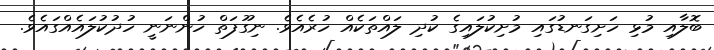
ބޮލާއި މުޅި ހަށިގަނޑުގައި މުށިކުލައިގެ ކުދި ލައްތަކެއް ހުރެއެވެ. ނިގޫފަތް ހުންނަނީ ހުދުކުލައެއްގައެވެ.